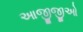
આજીજીઓ